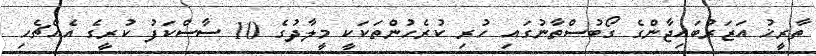
ތާރީޚު އަޒަރުބައިޖާންގެ ގޯބުސްތާނުގައި ހުރި ކުރެހުންތަކަކީ މީލާދުގެ 10 ސާސްކަފު ކުރީގެ އެއްޗެހި